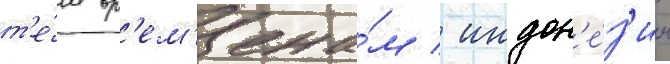
т'е́м вр'ем'ена́м / индон'е́з'ии